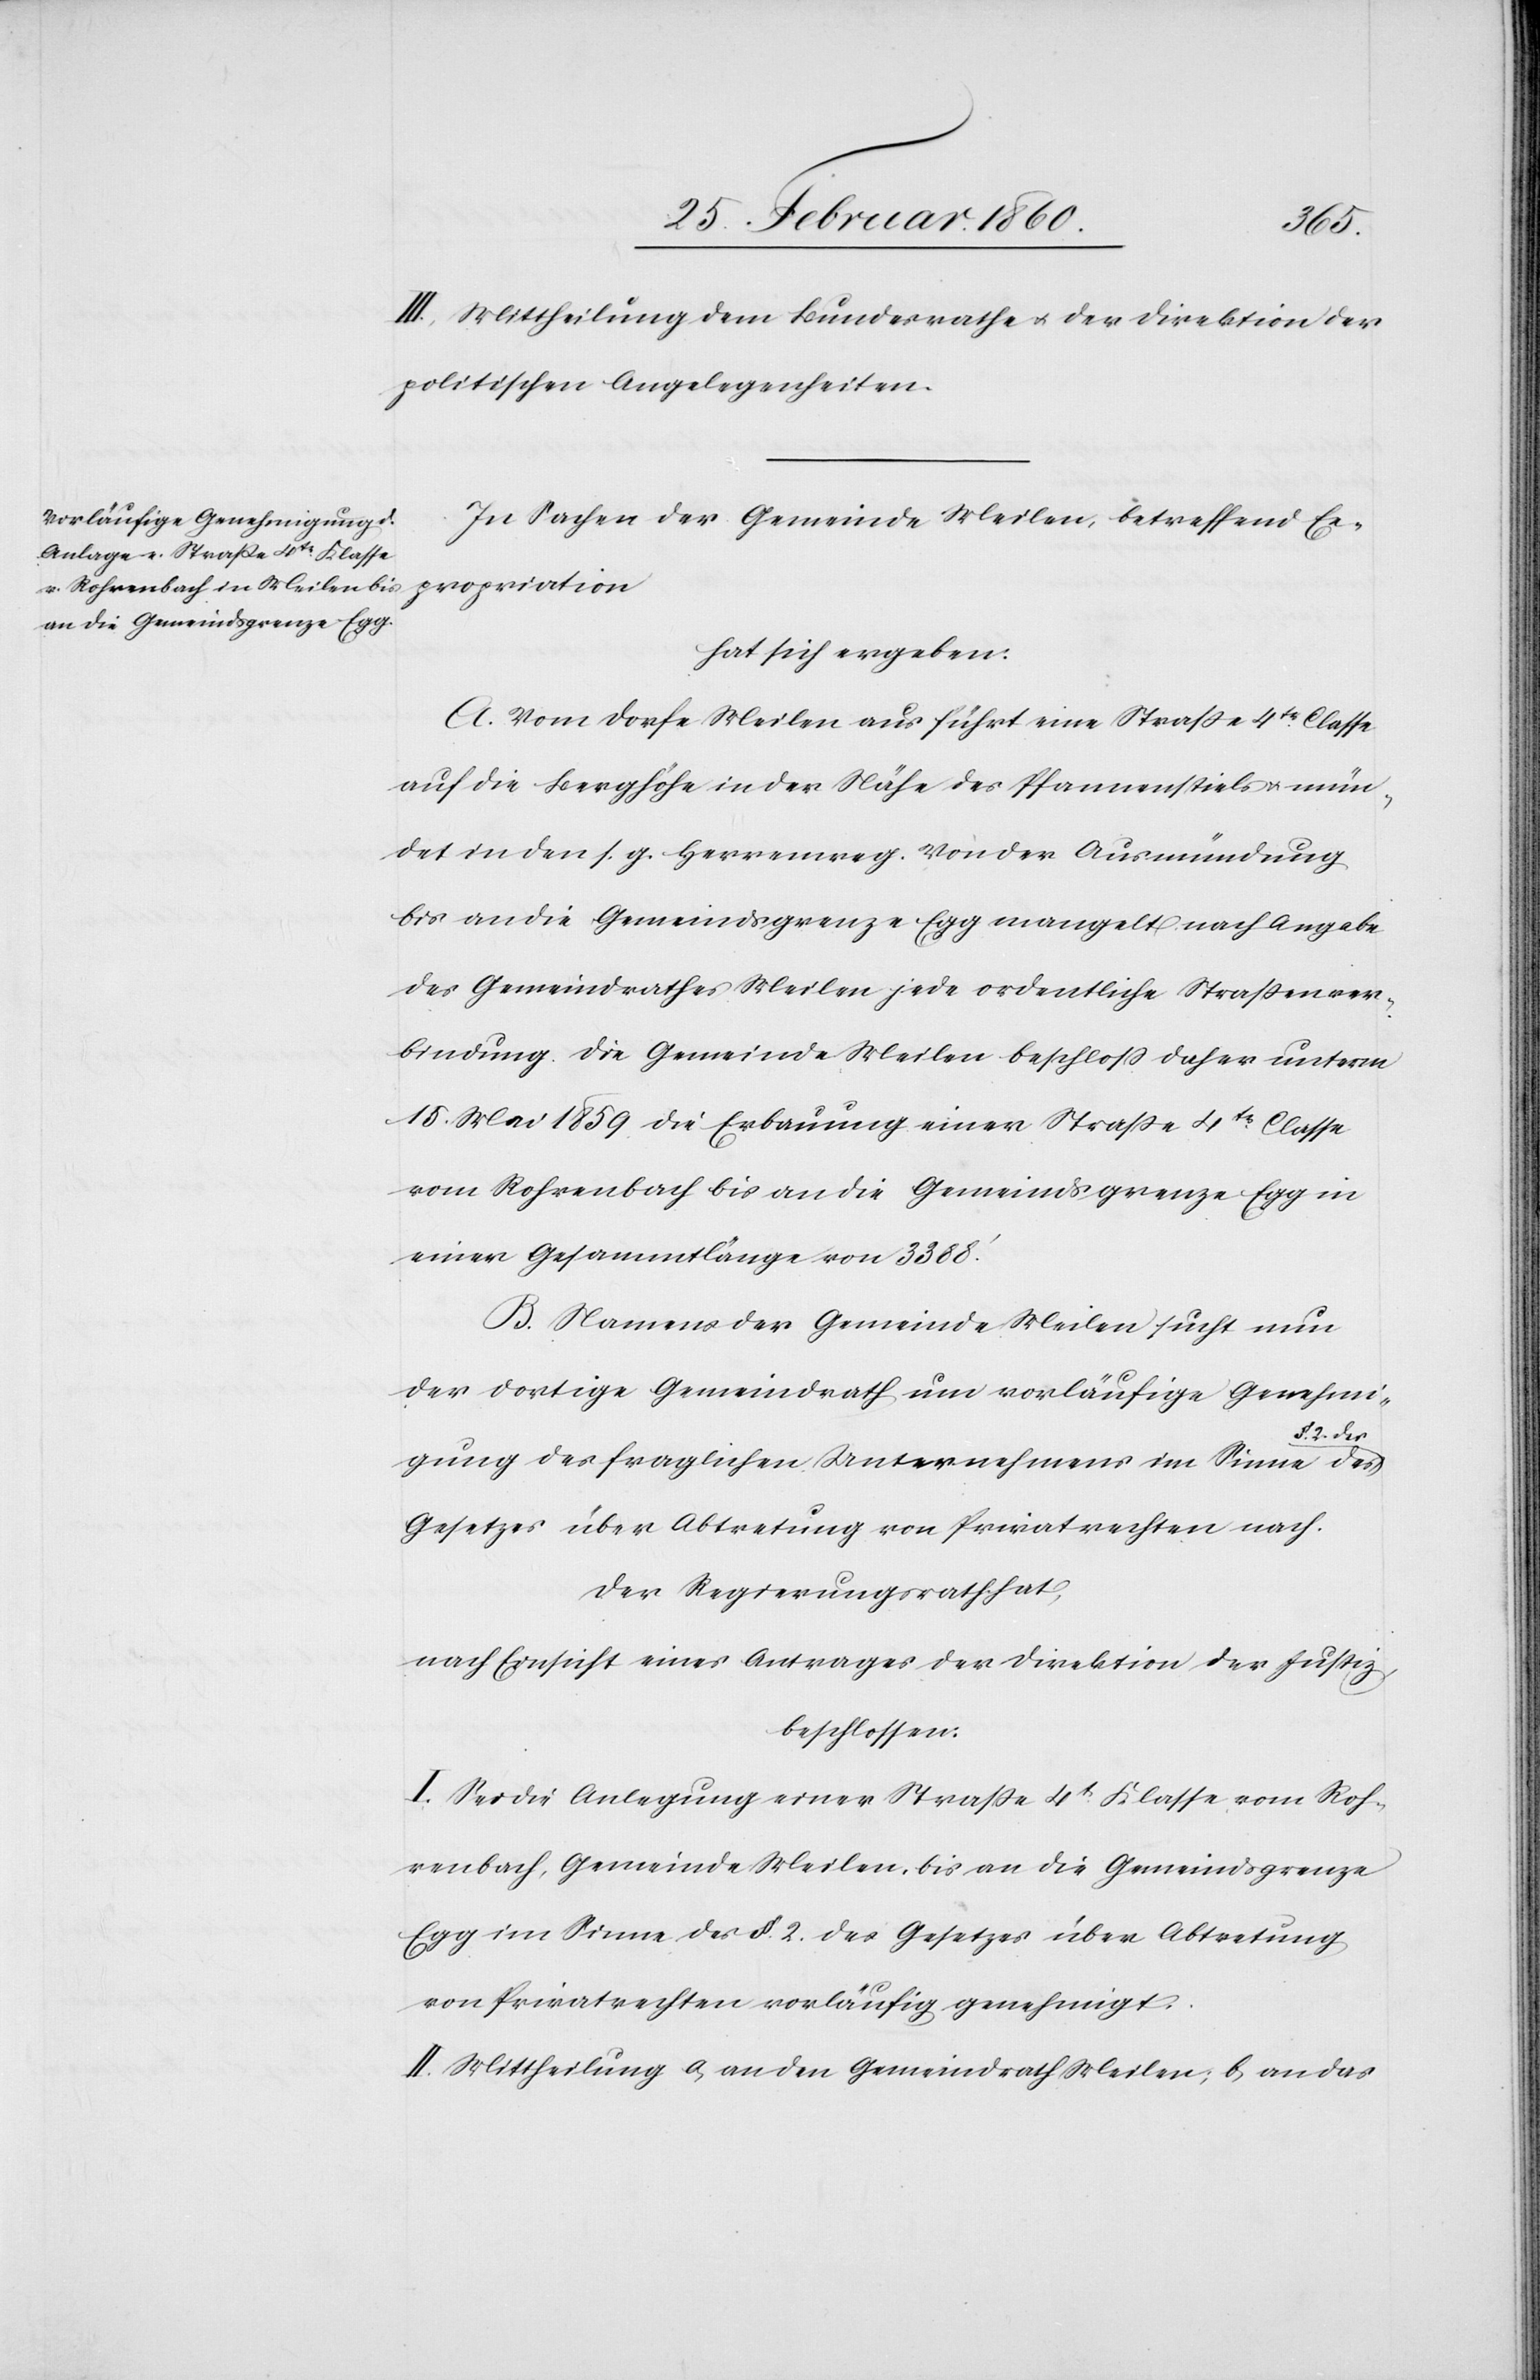
III. Mittheilung dem Bundesrathe u. der Direktion der
politischen Angelegenheiten.
In Sachen der Gemeinde Meilen, betreffend Ex¬
propriation
hat sich ergeben:
A. Vom Dorfe Meilen aus führt eine Strasse 4tr Classe
auf die Berghöhe in der Nähe des Pfannenstiels u. mün¬
det in den s. g. Herrenweg. Von der Ausmündung
bis an die Gemeindsgrenze Egg mangelt nach Angabe
des Gemeindrathes Meilen jede ordentliche Strassenver¬
bindung. Die Gemeinde Meilen beschloss daher unterm
15. Mai 1859 die Erbauung einer Strasse 4tr Classe
vom Rohrbach bis an die Gemeindsgrenze Egg in
einer Gesammtlänge von 3388’.
B. Namens der Gemeinde Meilen sucht nun
der dortige Gemeindrath um vorläufige Genehmi¬
§. 2. des
gung des fraglichen Unternehmens im Sinne des
Gesetzes über Abtretung von Privatrechten nach.
Der Regierungsrath hat,
nach Einsicht eines Antrages der Direktion der Justiz
beschlossen:
I. Sei die Anlegung einer Strasse 4t Klasse vom Roh¬
renbach, Gemeinde Meilen, bis an die Gemeindsgrenze
Egg im Sinne des §. 2. des Gesetzes über Abtretung
von Privatrechten vorläufig genehmigt.
II. Mittheilung a. an den Gemeindrath Meilen; b. an das